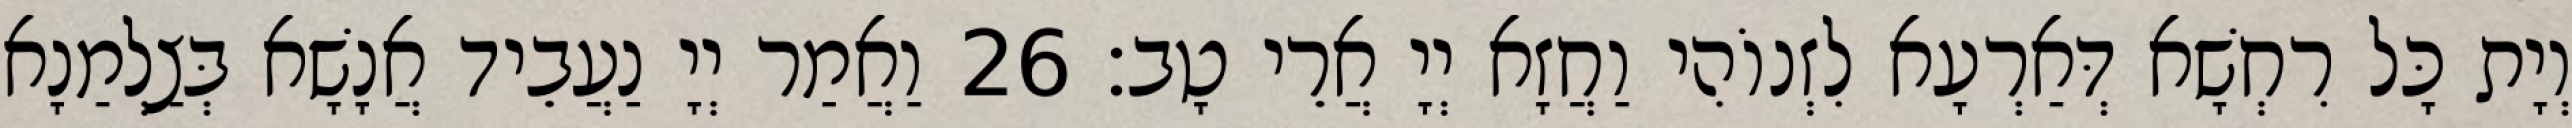
וְיָת כָּל רִחְשָׁא דְּאַרְעָא לִזְנוֹהִי וַחֲזָא יְיָ אֲרֵי טָב׃ 26 וַאֲמַר יְיָ נַעֲבֵיד אֲנָשָׁא בְּצַלְמַנָא